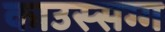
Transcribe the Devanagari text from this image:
काउस्सग्ग